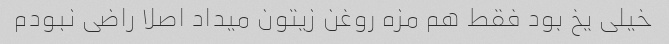
خیلی یخ بود فقط هم مزه روغن زیتون میداد اصلا راضی نبودم